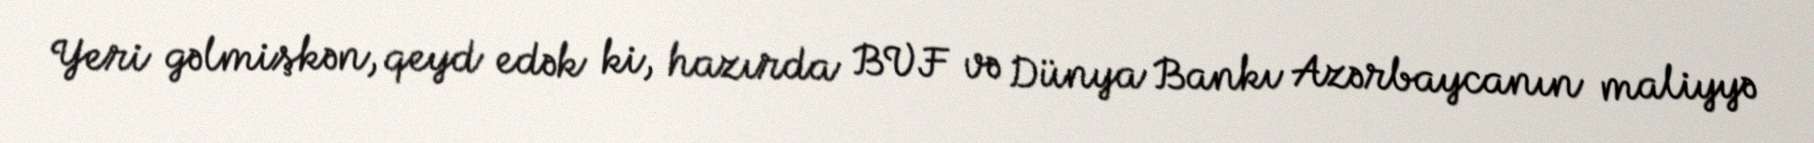
Yeri gəlmişkən, qeyd edək ki, hazırda BVF və Dünya Bankı Azərbaycanın maliyyə